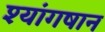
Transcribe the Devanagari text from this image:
श्यांगषान